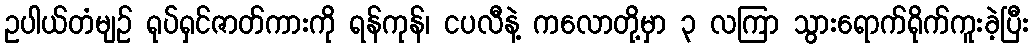
ဥပါယ်တံမျဉ် ရုပ်ရှင်ဇာတ်ကားကို ရန်ကုန်၊ ငပလီနဲ့ ကလောတို့မှာ ၃ လကြာ သွားရောက်ရိုက်ကူးခဲ့ပြီး